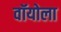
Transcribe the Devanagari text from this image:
वॉयोला